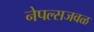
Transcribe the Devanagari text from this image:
नेपल्सजवळ